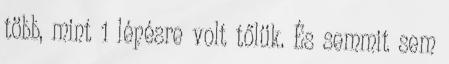
több, mint 1 lépésre volt tőlük. És semmit sem